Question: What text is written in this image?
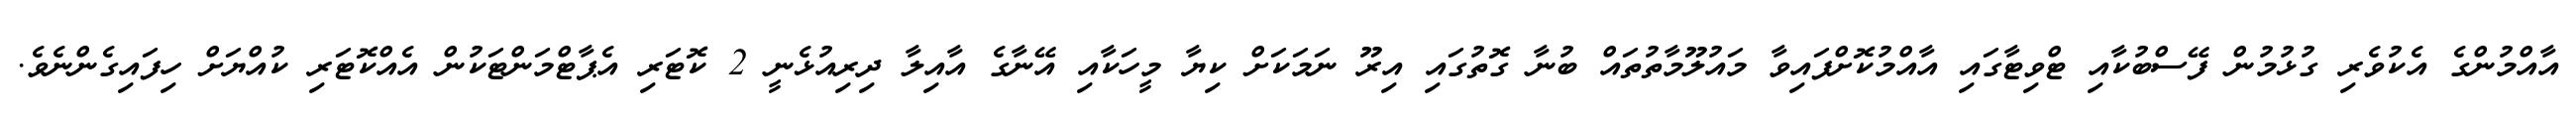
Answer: އާއްމުންގެ އެކުވެރި ގުޅުމުން ފޭސްބުކާއި ޓްވިޓާގައި އާއްމުކޮށްފައިވާ މައުލޫމާތުތައް ބުނާ ގޮތުގައި އިރޫ ނަމަކަށް ކިޔާ މީހަކާއި އޭނާގެ އާއިލާ ދިރިއުޅެނީ 2 ކޮޓަރި އެޕާޓްމަންޓަކުން އެއްކޮޓަރި ކުއްޔަށް ހިފައިގެންނެވެ.